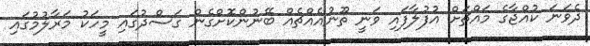
ދެވަނަ ކުއްޖާގެ މައްޗަށް އުފުލާފައި ވަނީ ތޫނުއެއްޗެއް ބޭނުންކޮށްގެން ގަސްދުގައި މީހަކު މަރާލުމުގައި